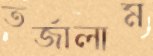
তর্জালাম